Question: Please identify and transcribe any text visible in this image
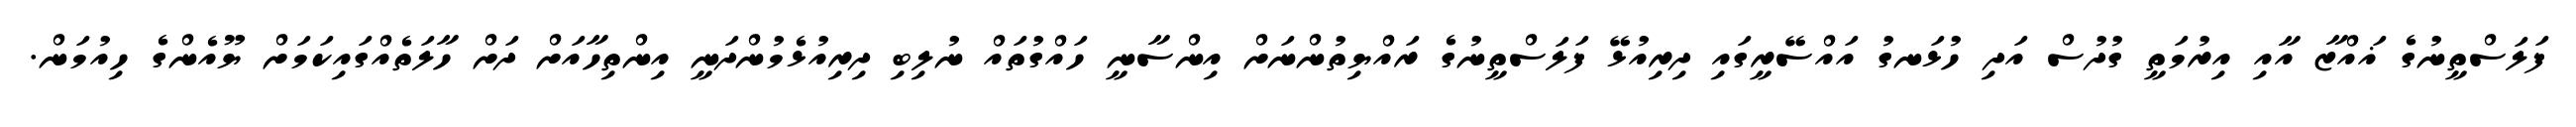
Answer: ފަލަސްތީނުގެ ޣައްޒާ އާއި އިރުމަތީ ގުދުސް އަދި ހުޅަނގު އައްސޭރީގައި ދިރިއުޅޭ ފަލަސްތީނުގެ ރައްޔިތުންނަށް އިންސާނީ ހައްގުތައް ނުލިބި ދިރިއުޅެމުންދަނީ އިންތިހާއަށް ދަށް ހާލަތެއްގައިކަމަށް ޔޫއެންގެ ހިއުމަން.